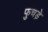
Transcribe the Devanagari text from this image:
फुचड़े